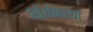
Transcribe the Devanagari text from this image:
ओथंबल्या